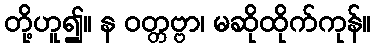
တို့ဟူ၍။ န ဝတ္တဗ္ဗာ၊ မဆိုထိုက်ကုန်။